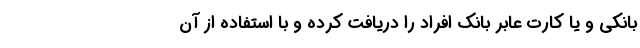
بانکی و یا کارت عابر بانک افراد را دریافت کرده و با استفاده از آن